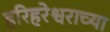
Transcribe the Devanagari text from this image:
हरिहरेश्वराच्या